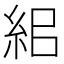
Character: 𥿓